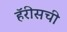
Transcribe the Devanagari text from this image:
हॅरीसची